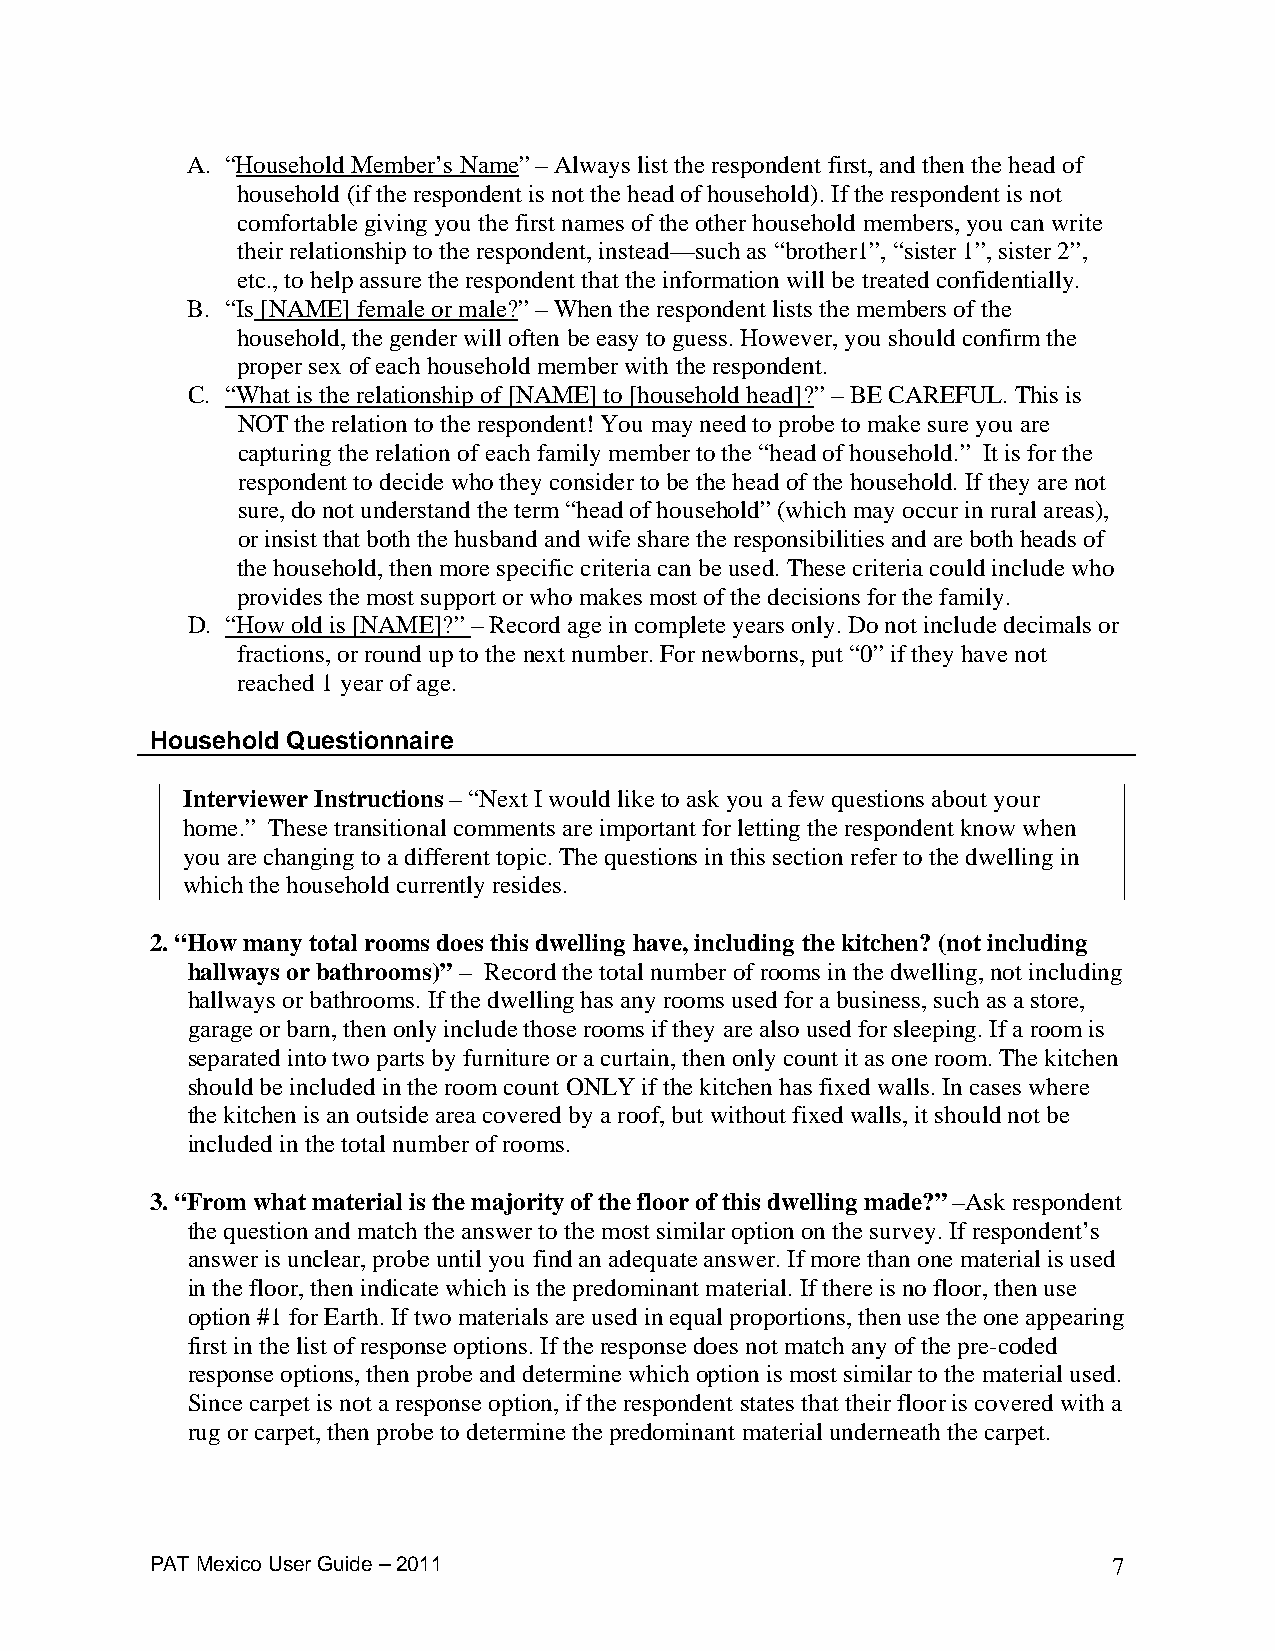
A. “Household Member’s Name” – Always list the respondent first, and then the head of
 household (if the respondent is not the head of household). If the respondent is not
 comfortable giving you the first names of the other household members, you can write
 their relationship to the respondent, instead—such as “brother1”, “sister 1”, sister 2”,
 etc., to help assure the respondent that the information will be treated confidentially.
 B. “Is [NAME] female or male?” – When the respondent lists the members of the
 household, the gender will often be easy to guess. However, you should confirm the
 proper sex of each household member with the respondent.
 C. “What is the relationship of [NAME] to [household head]?” – BE CAREFUL. This is
 NOT the relation to the respondent! You may need to probe to make sure you are
 capturing the relation of each family member to the “head of household.” It is for the
 respondent to decide who they consider to be the head of the household. If they are not
 sure, do not understand the term “head of household” (which may occur in rural areas),
 or insist that both the husband and wife share the responsibilities and are both heads of
 the household, then more specific criteria can be used. These criteria could include who
 provides the most support or who makes most of the decisions for the family.
 D. “How old is [NAME]?” – Record age in complete years only. Do not include decimals or
 fractions, or round up to the next number. For newborns, put “0” if they have not
 reached 1 year of age.
 Household Questionnaire
 Interviewer Instructions – “Next I would like to ask you a few questions about your
 home.” These transitional comments are important for letting the respondent know when
 you are changing to a different topic. The questions in this section refer to the dwelling in
 which the household currently resides.
 2. “How many total rooms does this dwelling have, including the kitchen? (not including
 hallways or bathrooms)” – Record the total number of rooms in the dwelling, not including
 hallways or bathrooms. If the dwelling has any rooms used for a business, such as a store,
 garage or barn, then only include those rooms if they are also used for sleeping. If a room is
 separated into two parts by furniture or a curtain, then only count it as one room. The kitchen
 should be included in the room count ONLY if the kitchen has fixed walls. In cases where
 the kitchen is an outside area covered by a roof, but without fixed walls, it should not be
 included in the total number of rooms.
 3. “From what material is the majority of the floor of this dwelling made?” –Ask respondent
 the question and match the answer to the most similar option on the survey. If respondent’s
 answer is unclear, probe until you find an adequate answer. If more than one material is used
 in the floor, then indicate which is the predominant material. If there is no floor, then use
 option #1 for Earth. If two materials are used in equal proportions, then use the one appearing
 first in the list of response options. If the response does not match any of the pre-coded
 response options, then probe and determine which option is most similar to the material used.
 Since carpet is not a response option, if the respondent states that their floor is covered with a
 rug or carpet, then probe to determine the predominant material underneath the carpet.
 PAT Mexico User Guide – 2011                                    7